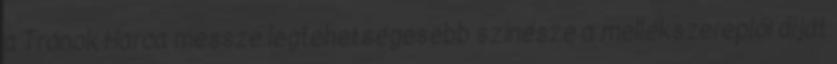
a Trónok Harca messze legtehetségesebb színésze a mellékszereplői díját